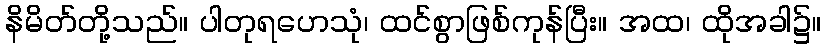
နိမိတ်တို့သည်။ ပါတုရဟေသုံ၊ ထင်စွာဖြစ်ကုန်ပြီး။ အထ၊ ထိုအခါ၌။